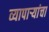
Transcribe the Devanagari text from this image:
व्यापार्‍यांचा